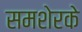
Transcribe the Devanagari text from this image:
समशेरके